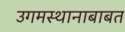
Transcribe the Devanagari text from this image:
उगमस्थानाबाबत